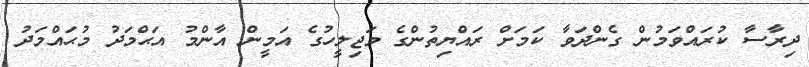
ދިރާސާ ކުރައްވަމުން ގެންދަވާ ކަމަށް ރައްޔިތުންގެ މަޖިލީހުގެ އަމީން އާންމު އަޙްމަދު މުޙައްމަދު